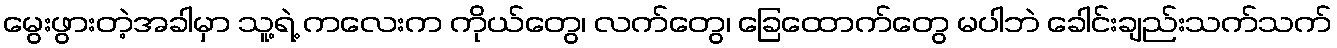
မွေးဖွားတဲ့အခါမှာ သူ့ရဲ့ ကလေးက ကိုယ်တွေ၊ လက်တွေ၊ ခြေထောက်တွေ မပါဘဲ ခေါင်းချည်းသက်သက်